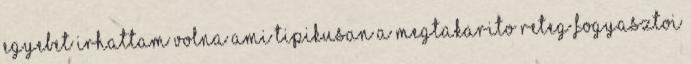
egyebet irhattam volna ami tipikusan a megtakarito reteg fogyasztoi